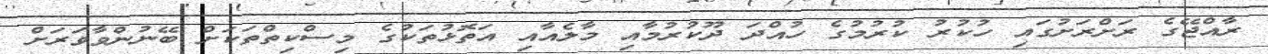
ރާއްޖޭގެ ރަށްްރަށުގައި ހުކުރު ކުރުމުގެ ހުއްދަ ދޫކުރުމާއި މާލެއާއި އަތޮޅުތަކުގެ މިސްކިތްތަކަށް ބޭނުންވާވަރަށް